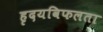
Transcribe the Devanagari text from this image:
हृदयविफलता